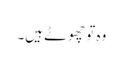
وہ تو چھوٹے ہیں۔